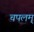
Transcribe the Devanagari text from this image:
चपलम्